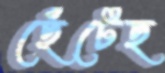
ছেঁটেছ